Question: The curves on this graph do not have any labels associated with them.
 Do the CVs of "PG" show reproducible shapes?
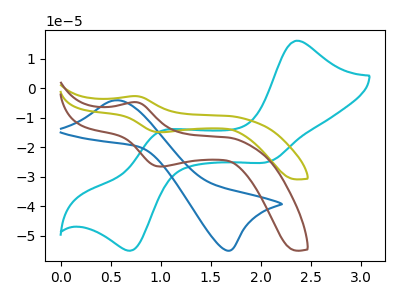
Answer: <think>The cyan curve "cyan" has anodic peaks at (2.35V, 16.15uA) (0.95V, -15.00uA) and cathodic peaks at (2.10V, -24.70uA) (0.75V, -54.65uA). The blue curve "blue" has an anodic peak at (0.55V, -4.05uA) and a cathodic peak at (1.65V, -54.95uA). The olive curve "olive" has an anodic peak at (0.75V, -2.60uA) and a cathodic peak at (1.00V, -14.85uA). The brown curve "brown" has an anodic peak at (0.75V, -4.65uA) and a cathodic peak at (1.00V, -26.50uA).
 "cyan" and "blue" have a different number of peaks. "cyan" and "olive" have a different number of peaks. "cyan" and "brown" have a different number of peaks. "blue" and "olive" have at least one peak that do not match. "blue" and "brown" have at least one peak that do not match. All the peaks in "olive" have a peak in "brown" at the same potential.</think>
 <answer>All the CV's of "PG" have similar shape.</answer>
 <eval>follow_rule</eval>